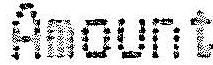
AMOUNT